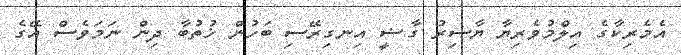
އެމެރިކާގެ އިލްމުވެރިޔާ ޔާސިރު ގާޟީ އިނގިރޭސި ބަހުން ޚުތުބާ ދިން ނަމަވެސް އޭގެ